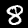
Digit: 8